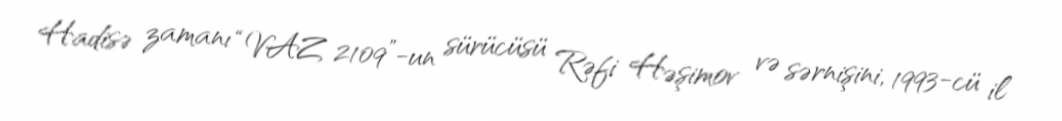
Hadisə zamanı “VAZ 2109”-un sürücüsü Rəfi Həşimov və sərnişini, 1993-cü il